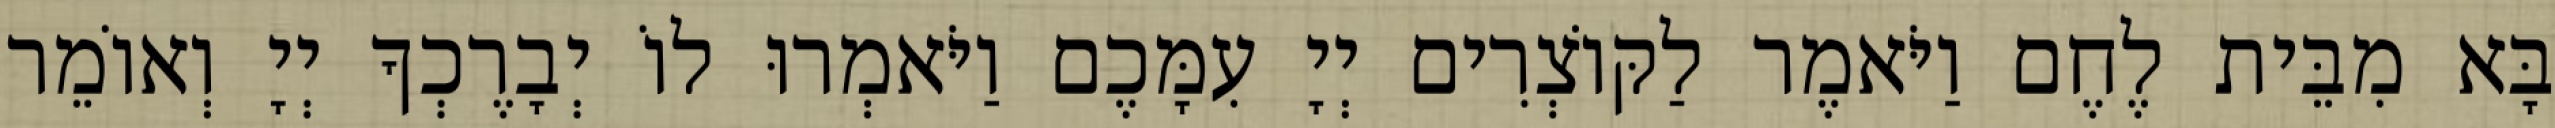
בָּא מִבֵּית לֶחֶם וַיֹּאמֶר לַקּוֹצְרִים יְיָ עִמָּכֶם וַיֹּאמְרוּ לוֹ יְבָרֶכְךָ יְיָ וְאוֹמֵר